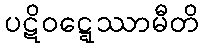
ပဋိဝဋ္ဋေဿာမီတိ